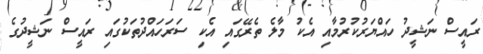
ރައީސް ނަޝީދު ހައްޔަރުކުރުމާއި އެކު މާލެ ތެރޭގައި އެކި ސަރަހައްދުތަކުގައި ރައީސް ނަޝީދުގެ